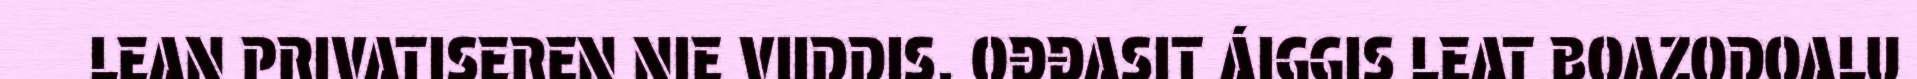
LEAN PRIVATISEREN NIE VIIDDIS. OĐĐASIT ÁIGGIS LEAT BOAZODOALU